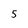
Character: 5